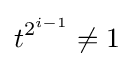
t^{2^{i-1}}\neq 1